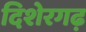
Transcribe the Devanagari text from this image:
दिशेरगढ़